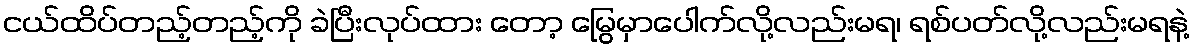
ငယ်ထိပ်တည့်တည့်ကို ခဲပြီးလုပ်ထား တော့ မြွေမှာပေါက်လို့လည်းမရ၊ ရစ်ပတ်လို့လည်းမရနဲ့